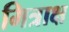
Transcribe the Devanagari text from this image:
मित्राक्ष